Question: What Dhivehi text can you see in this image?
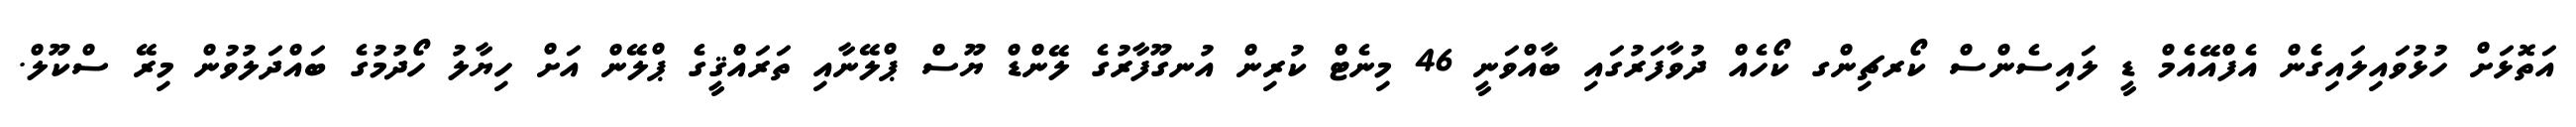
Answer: އަތޮޅަށް ހުޅުވައިލައިގެން އެފްއޭއެމް ޑީ ލައިސެންސް ކޯރޗިންގ ކޯހެއް ދުވާފަރުގައި ބާއްވަނީ 46 މިނެޓް ކުރިން އުނގޫފާރުގެ ލޭންޑް ޔޫސް ޕްލޭނާއި ތަރައްޤީގެ ޕްލޭން އަށް ހިޔާލު ހޯދުމުގެ ބައްދަލުވުން މިރޭ ސްކޫލް.